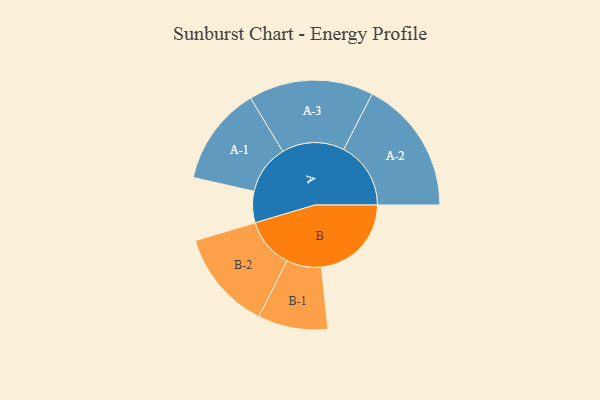
{"axis": {"x": "Segment", "y": "Value"}, "legend": ["", "A", "B"], "data": [{"x": "A", "y": 106, "type": ""}, {"x": "B", "y": 304, "type": ""}, {"x": "A-1", "y": 167, "type": "A"}, {"x": "A-2", "y": 227, "type": "A"}, {"x": "A-3", "y": 211, "type": "A"}, {"x": "B-1", "y": 118, "type": "B"}, {"x": "B-2", "y": 169, "type": "B"}]}